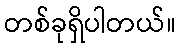
တစ်ခုရှိပါတယ်။